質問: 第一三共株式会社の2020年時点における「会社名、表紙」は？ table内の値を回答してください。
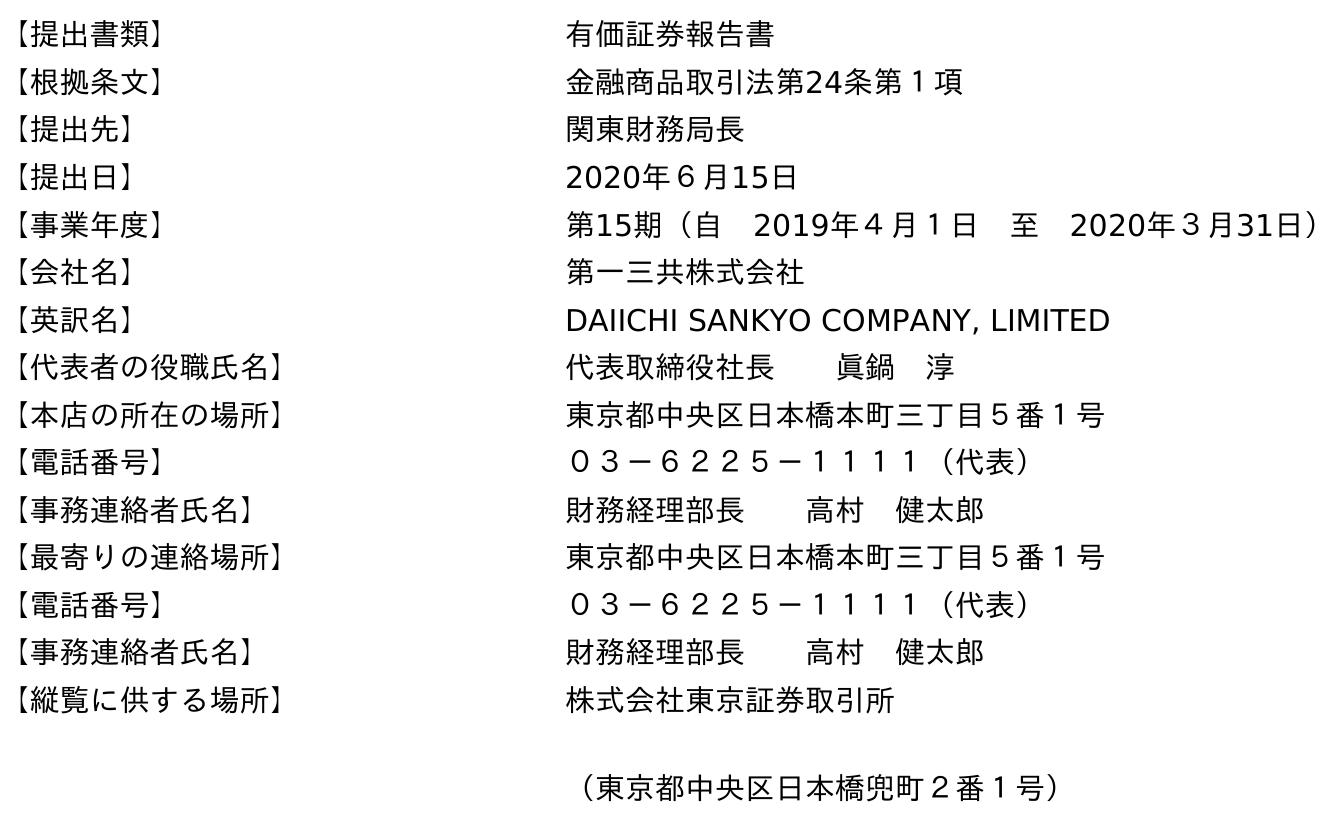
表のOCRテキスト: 【提出書類】 有価証券報告書 【根拠条文】 金融商品取引法第24条第１項 【提出先】 関東財務局長 【提出日】 2020年６月15日 【事業年度】 第15期（自 2019年４月１日 至 2020年３月31日） 【会社名】 第一三共株式会社 【英訳名】 DAIICHI SANKYO COMPANY, LIMITED 【代表者の役職氏名】 代表取締役社長  眞鍋 淳 【本店の所在の場所】 東京都中央区日本橋本町三丁目５番１号 【電話番号】 ０３－６２２５－１１１１（代表） 【事務連絡者氏名】 財務経理部長  高村 健太郎 【最寄りの連絡場所】 東京都中央区日本橋本町三丁目５番１号 【電話番号】 ０３－６２２５－１１１１（代表） 【事務連絡者氏名】 財務経理部長  高村 健太郎 【縦覧に供する場所】 株式会社東京証券取引所 （東京都中央区日本橋兜町２番１号）
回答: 第一三共株式会社